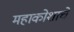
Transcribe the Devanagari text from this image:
महाकोशाचे